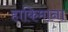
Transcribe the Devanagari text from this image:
हाकिमाना